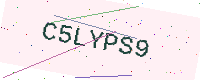
Text: C5LYPS9